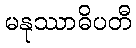
မနုဿာဓိပတီ